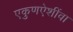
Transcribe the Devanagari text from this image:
एकुणऐशींवा